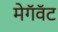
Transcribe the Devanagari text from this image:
मेगॅवॅट